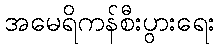
အမေရိကန်စီးပွားရေး